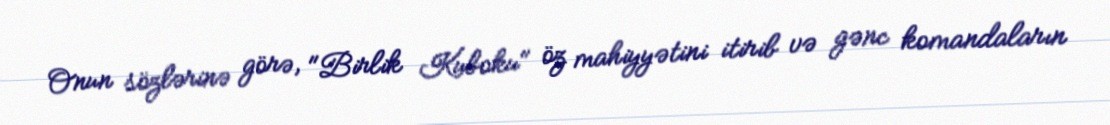
Onun sözlərinə görə, "Birlik Kuboku" öz mahiyyətini itirib və gənc komandaların